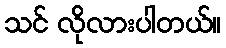
သင် လိုလားပါတယ်။